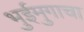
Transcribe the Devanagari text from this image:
भुईमुगाचा